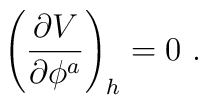
\left({\partial V \over \partial \phi^a}\right)_h=0 \ .